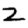
Digit: 2